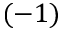
( - 1 )